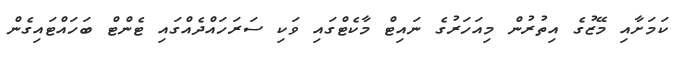
ކަމަށާއި މޭޒުގެ އިތުރުން މިއަހަރުގެ ނައިޓް މާކެޓްގައި ވަކި ސަރަހައްދެއްގައި ޓެންޓް ބަހައްޓައިގެން